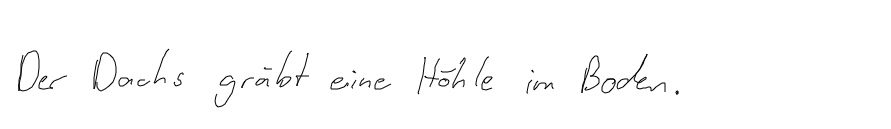
Der Dachs gräbt eine Höhle im Boden.